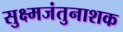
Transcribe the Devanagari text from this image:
सुक्ष्मजंतुनाशक